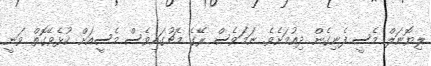
ލިޔޮނަލް މެސީ ފެނިގެން ދިއުމަށެވެ. ނަމަވެސް ރޭގެ މެޗުގައިވެސް މެސީއަށް ކުޅެވޭގޮތް ވަނީ